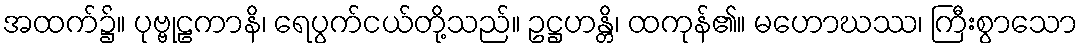
အထက်၌။ ပုဗ္ဗုဠကာနိ၊ ရေပွက်ငယ်တို့သည်။ ဥဋ္ဌဟန္တိ၊ ထကုန်၏။ မဟောဃဿ၊ ကြီးစွာသော